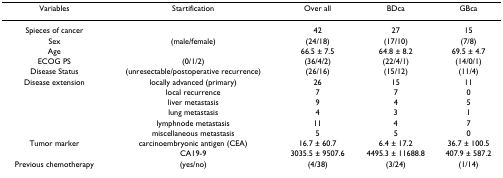
| Variables | Startification | Over all | BDca | GBca |
 | --- | --- | --- | --- | --- |
 | Spieces of cancer |  | 42 | 27 | 15 |
 | Sex | (male/female) | (24/18) | (17/10) | (7/8) |
 | Age |  | 66.5 ± 7.5 | 64.8 ± 8.2 | 69.5 ± 4.7 |
 | ECOG PS | (0/1/2) | (36/4/2) | (22/4/1) | (14/0/1) |
 | Disease Status | (unresectable/postoperative recurrence) | (26/16) | (15/12) | (11/4) |
 | Disease extension | locally advanced (primary) | 26 | 15 | 11 |
 |  | local recurrence | 7 | 7 | 0 |
 |  | liver metastasis | 9 | 4 | 5 |
 |  | lung metastasis | 4 | 3 | 1 |
 |  | lymphnode metastasis | 11 | 4 | 7 |
 |  | miscellaneous metastasis | 5 | 5 | 0 |
 | Tumor marker | carcinoembryonic antigen (CEA) | 16.7 ± 60.7 | 6.4 ± 17.2 | 36.7 ± 100.5 |
 |  | CA19-9 | 3035.5 ± 9507.6 | 4495.3 ± 11688.8 | 407.9 ± 587.2 |
 | Previous chemotherapy | (yes/no) | (4/38) | (3/24) | (1/14) |